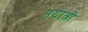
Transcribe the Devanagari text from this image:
१यात्री